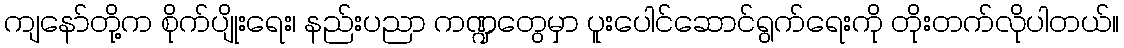
ကျနော်တို့က စိုက်ပျိုးရေး၊ နည်းပညာ ကဏ္ဍတွေမှာ ပူးပေါင်ဆောင်ရွက်ရေးကို တိုးတက်လိုပါတယ်။